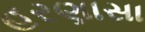
હરણાસા